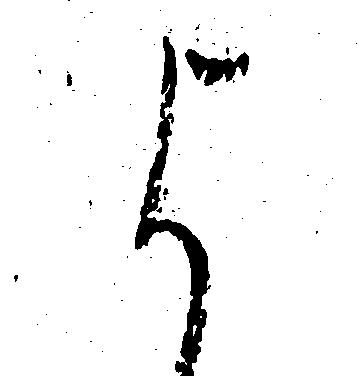
よ